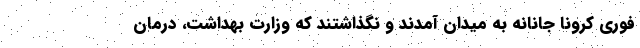
فوری کرونا جانانه به میدان آمدند و نگذاشتند که وزارت بهداشت، درمان